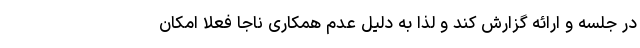
در جلسه و ارائه گزارش کند و لذا به دلیل عدم همکاری ناجا فعلا امکان